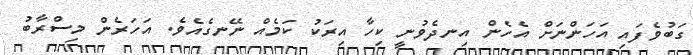
ގަބުވެފައި އަހަންނަށް އެހެން އިނދެވުނީ ކިހާ އިރަކު ކަމެއް ނޭނގެއެވެ. އަހަރެން މިސްރާބު